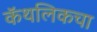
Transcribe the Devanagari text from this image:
कॅथलिकचा